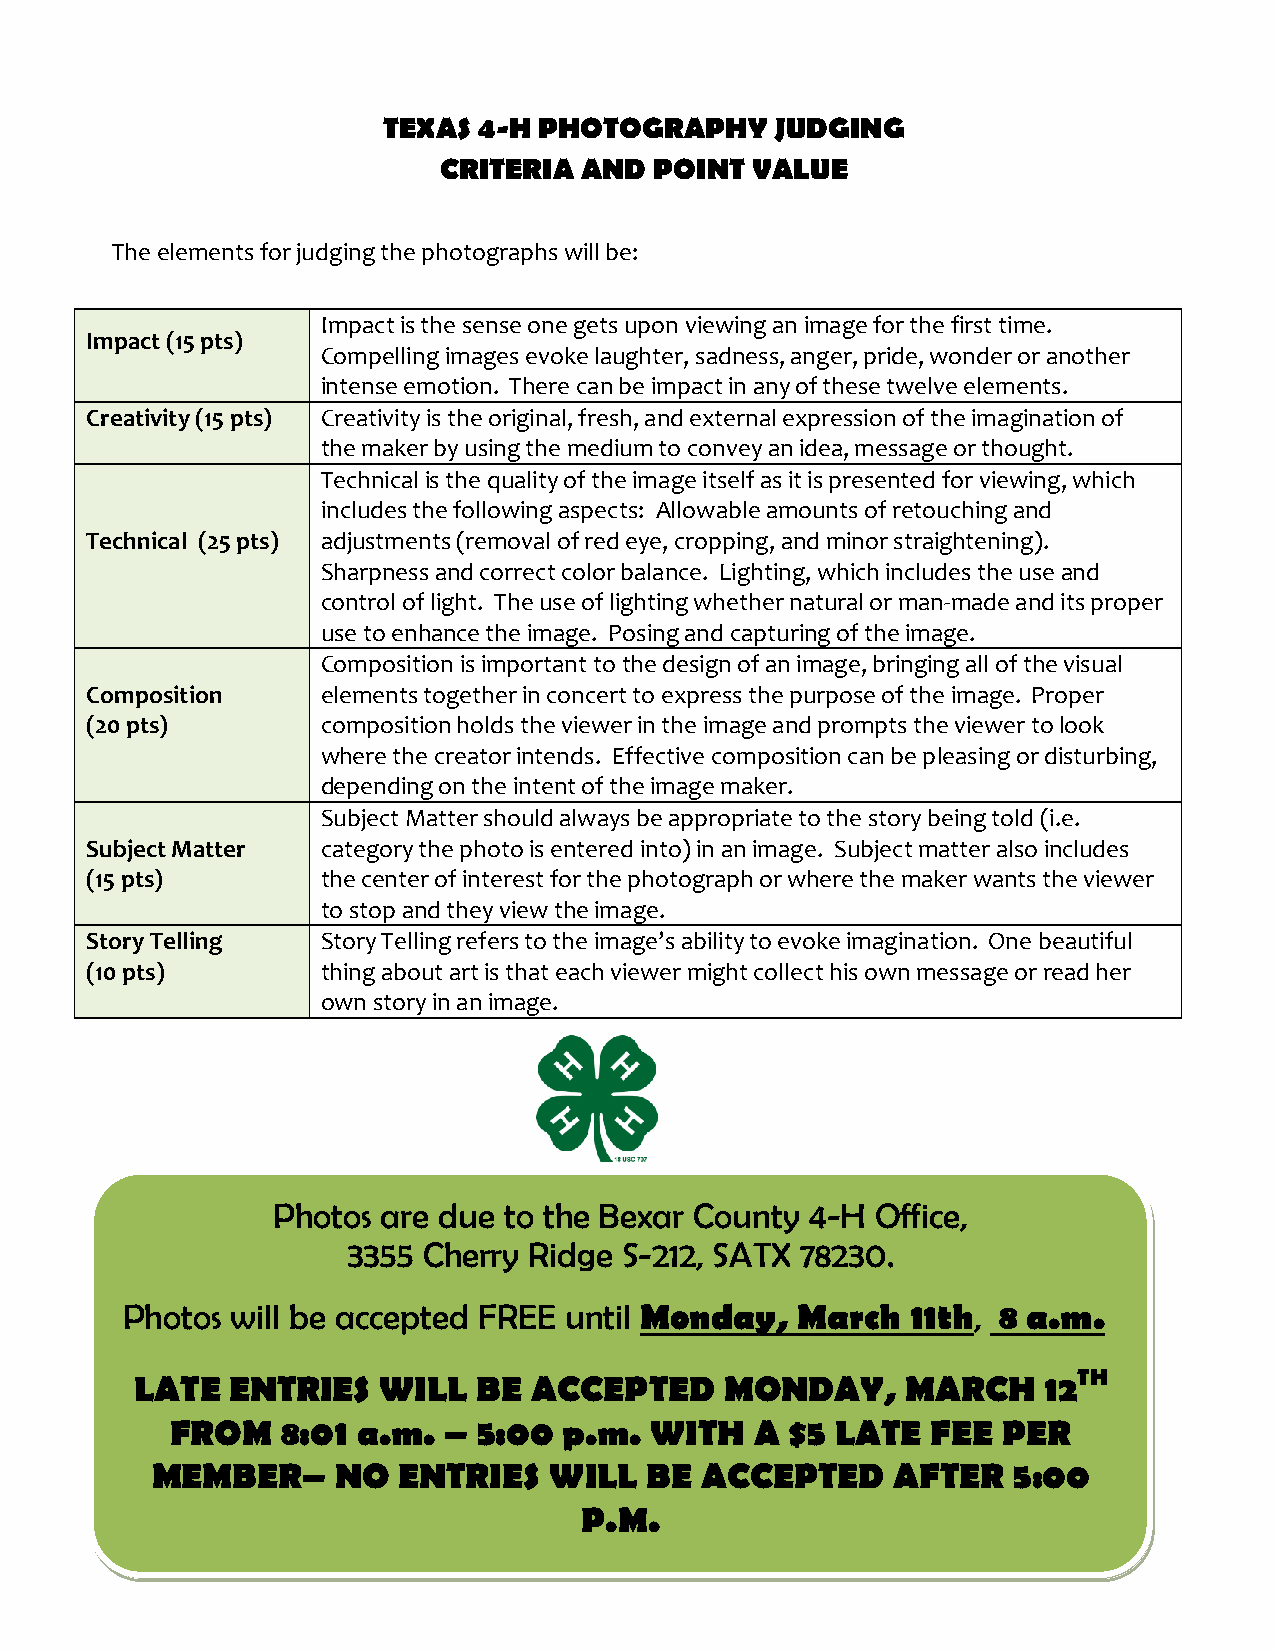
TEXAS  4-H PHOTOGRAPHY    JUDGING
 CRITERIA AND  POINT  VALUE
 The elements for judging the photographs will be:
 Impact is the sense one gets upon viewing an image for the first time.
 Impact (15 pts)
 Compelling images evoke laughter, sadness, anger, pride, wonder or another
 intense emotion. There can be impact in any of these twelve elements.
 Creativity (15 pts) Creativity is the original, fresh, and external expression of the imagination of
 the maker by using the medium to convey an idea, message or thought.
 Technical is the quality of the image itself as it is presented for viewing, which
 includes the following aspects: Allowable amounts of retouching and
 Technical (25 pts) adjustments (removal of red eye, cropping, and minor straightening).
 Sharpness and correct color balance. Lighting, which includes the use and
 control of light. The use of lighting whether natural or man-made and its proper
 use to enhance the image. Posing and capturing of the image.
 Composition is important to the design of an image, bringing all of the visual
 Composition    elements together in concert to express the purpose of the image. Proper
 (20 pts)       composition holds the viewer in the image and prompts the viewer to look
 where the creator intends. Effective composition can be pleasing or disturbing,
 depending on the intent of the image maker.
 Subject Matter should always be appropriate to the story being told (i.e.
 Subject Matter category the photo is entered into) in an image. Subject matter also includes
 (15 pts)       the center of interest for the photograph or where the maker wants the viewer
 to stop and they view the image.
 Story Telling  Story Telling refers to the image’s ability to evoke imagination. One beautiful
 (10 pts)       thing about art is that each viewer might collect his own message or read her
 own story in an image.
 Photos are due to the Bexar County  4-H Office,
 3355 Cherry Ridge S-212, SATX 78230.
 Photos will be accepted FREE until Monday,   March  11th, 8 a.m.
 TH
 LATE  ENTRIES   WILL   BE ACCEPTED     MONDAY,     MARCH    12
 FROM    8:01 a.m. –  5:00 p.m.  WITH   A $5 LATE   FEE PER
 MEMBER–     NO  ENTRIES   WILL   BE ACCEPTED     AFTER   5:00
 P.M.